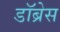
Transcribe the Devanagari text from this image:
डॉब्रेस